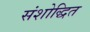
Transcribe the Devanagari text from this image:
संशोद्धित